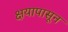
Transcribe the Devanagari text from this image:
क्षयापासून